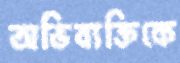
অভিব্যক্তিকে